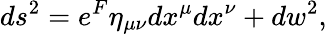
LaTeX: ds^{2}=e^{F}\eta_{\mu\nu}dx^{\mu}dx^{\nu}+dw^{2},